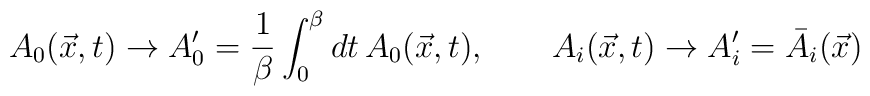
A_{0}(\vec{x},t)\rightarrow A'_{0}= {1\over \beta} \int_{0}^{\beta}dt\,A_{0}(\vec{x},t),\qquad A_{i}(\vec{x},t)\rightarrow A'_{i} = \bar{A}_{i}(\vec{x})